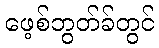
ဖေ့စ်ဘွတ်ခ်တွင်